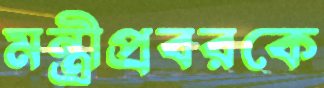
মন্ত্রীপ্রবরকে